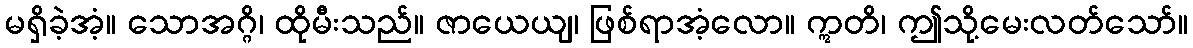
မရှိခဲ့အံ့။ သောအဂ္ဂိ၊ ထိုမီးသည်။ ဇာယေယျ၊ ဖြစ်ရာအံ့လော။ ဣတိ၊ ဤသို့မေးလတ်သော်။